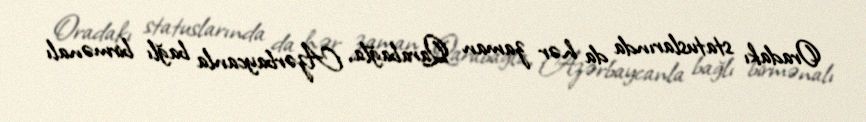
Oradakı statuslarında da hər zaman Qarabağla, Azərbaycanla bağlı birmənalı